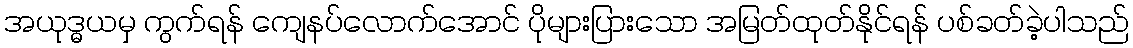
အယုဒ္ဓယမှ ကွက်ရန် ကျေနပ်လောက်အောင် ပိုများပြားသော အမြတ်ထုတ်နိုင်ရန် ပစ်ခတ်ခဲ့ပါသည်